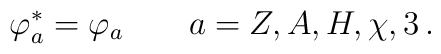
\varphi_a^* = \varphi_a \qquad a= Z,A, H, \chi, 3 \, .